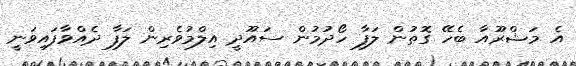
އެ މަޝްރޫއާ ބެހޭ ގޮތުން ލަފާ ހޯދުމުން ސައޫދީ އިލްމުވެރިން ލަފާ ދެއްވާފައިވަނީ